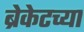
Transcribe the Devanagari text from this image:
ब्रेकेटच्या